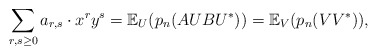
\begin{align*} \sum_{r,s \geq 0} a_{r,s} \cdot x^r y^s = \mathbb{E}_U(p_n(AUBU^*))=\mathbb{E}_V(p_n(VV^*)),\end{align*}